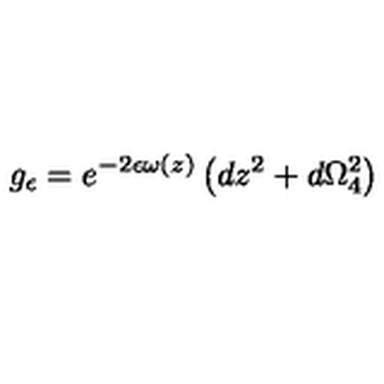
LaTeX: g _ { \epsilon } = e ^ { - 2 \epsilon \omega ( z ) } \left( d z ^ { 2 } + d \Omega _ { 4 } ^ { 2 } \right)